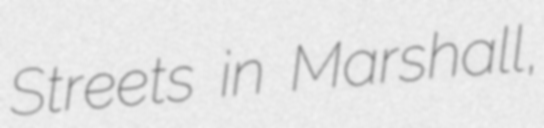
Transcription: Streets in Marshall,